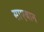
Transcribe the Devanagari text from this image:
साएबान